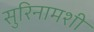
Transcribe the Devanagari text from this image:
सुरिनामशी